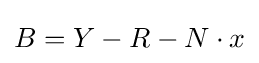
B=Y-R-N\cdot x